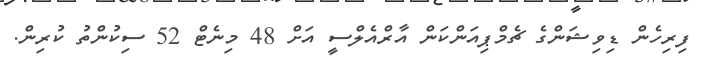
ފިރިހެން ޑިވިޝަންގެ ޗެމްޕިއަންކަން އާރްއެލްސީ އަށް 48 މިނެޓް 52 ސިކުންތު ކުރިން.